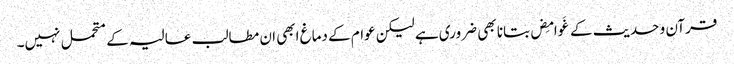
قرآن و حدیث کے غَوامِض بتانا بھی ضروری ہے لیکن عوام کے دماغ ابھی ان مطالب عالیہ کے متحمل نہیں۔